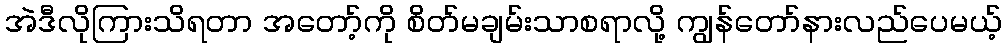
အဲဒီလိုကြားသိရတာ အတော့်ကို စိတ်မချမ်းသာစရာလို့ ကျွန်တော်နားလည်ပေမယ့်